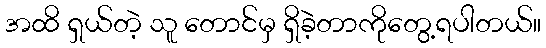
အထိ ရှယ်တဲ့ သူ တောင်မှ ရှိခဲ့တာကိုတွေ့ရပါတယ်။